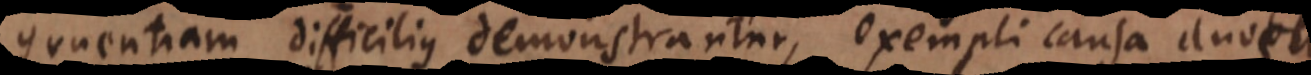
gruentiam difficilius demonstrantur, exempli causa duos